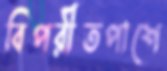
বিপরীতপাশে